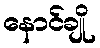
နောင်ချို